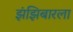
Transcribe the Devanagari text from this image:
झंझिबारला